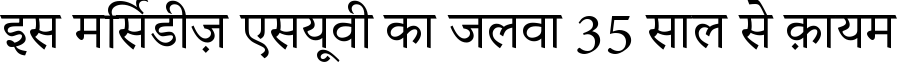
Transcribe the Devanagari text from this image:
इस मर्सिडीज़ एसयूवी का जलवा 35 साल से क़ायम